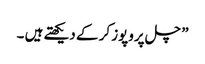
” چل پروپوز کر کے دیکھتے ہیں ۔